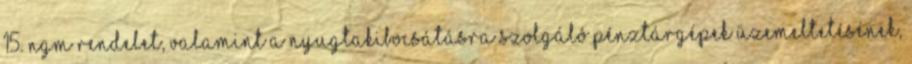
15. NGM rendelet, valamint a nyugtakibocsátásra szolgáló pénztárgépek üzemeltetésének,